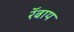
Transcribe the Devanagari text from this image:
रॅबाय